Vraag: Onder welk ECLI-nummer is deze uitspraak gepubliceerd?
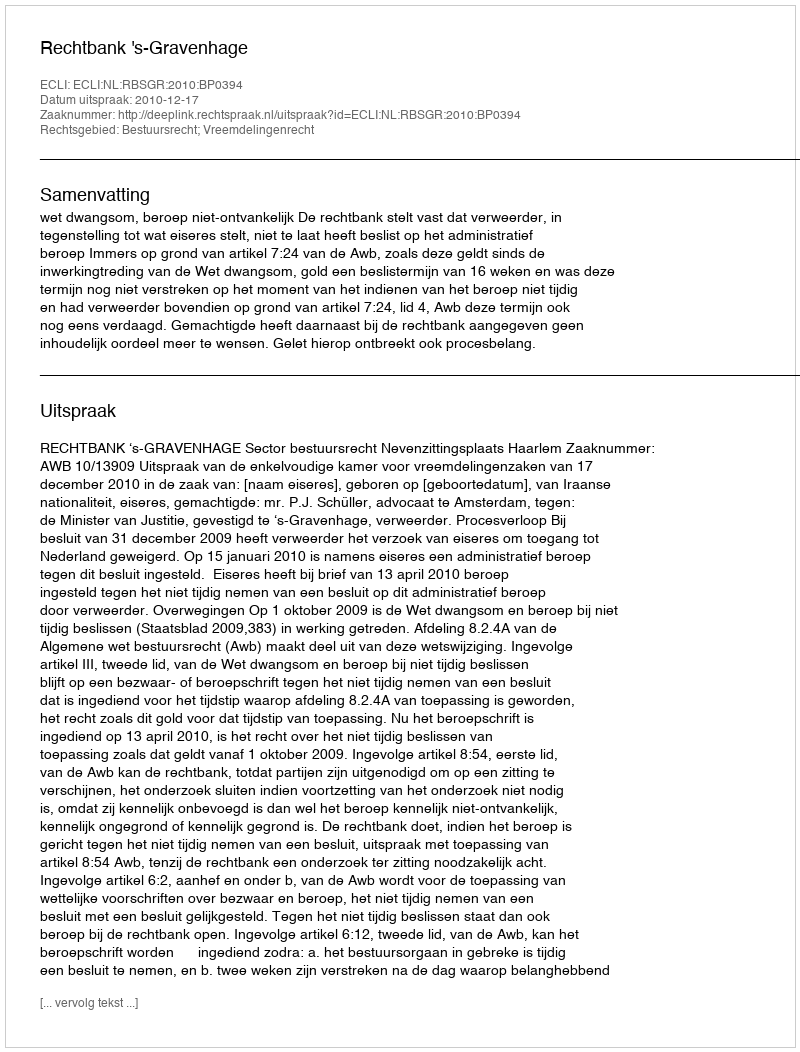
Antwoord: ECLI:NL:RBSGR:2010:BP0394